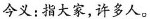
今义：指大家，许多人。